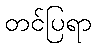
တင်ပြရာ